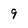
Character: 9